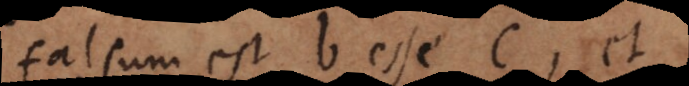
falsum est b esse c, et